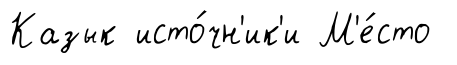
Казык исто́чн'ик'и М'е́сто